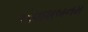
એવાશબનમ